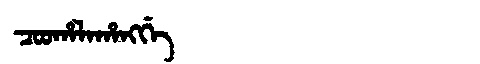
Manchu: ᠴᠣᠣᡥᠠᠯᠠᡥᠠᠩᡤᡝ
Romanization: COOHALAHANGGE